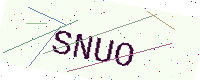
Text: SNUO